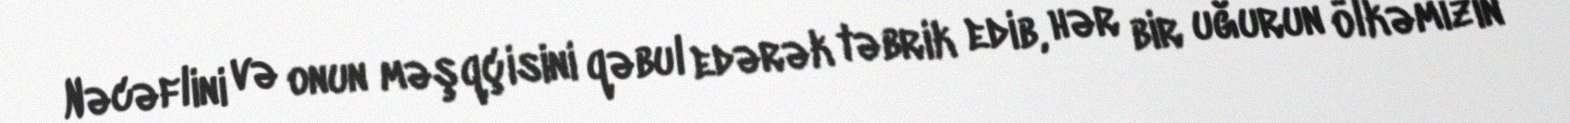
Nəcəflini və onun məşqçisini qəbul edərək təbrik edib, hər bir uğurun ölkəmizin